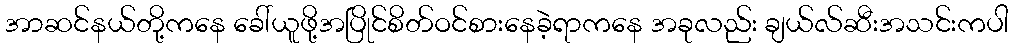
အာဆင်နယ်တို့ကနေ ခေါ်ယူဖို့အပြိုင်စိတ်ဝင်စားနေခဲ့ရာကနေ အခုလည်း ချယ်လ်ဆီးအသင်းကပါ